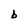
Character: b